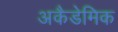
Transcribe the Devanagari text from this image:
अकैडेमिक